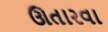
ઊતારવા